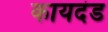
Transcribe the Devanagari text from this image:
कायदंड